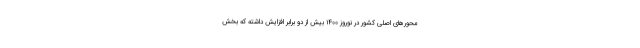
محورهای اصلی کشور در نوروز ۱۴۰۰ بیش از دو برابر افزایش داشته که بخش